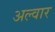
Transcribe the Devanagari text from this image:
अल्वार